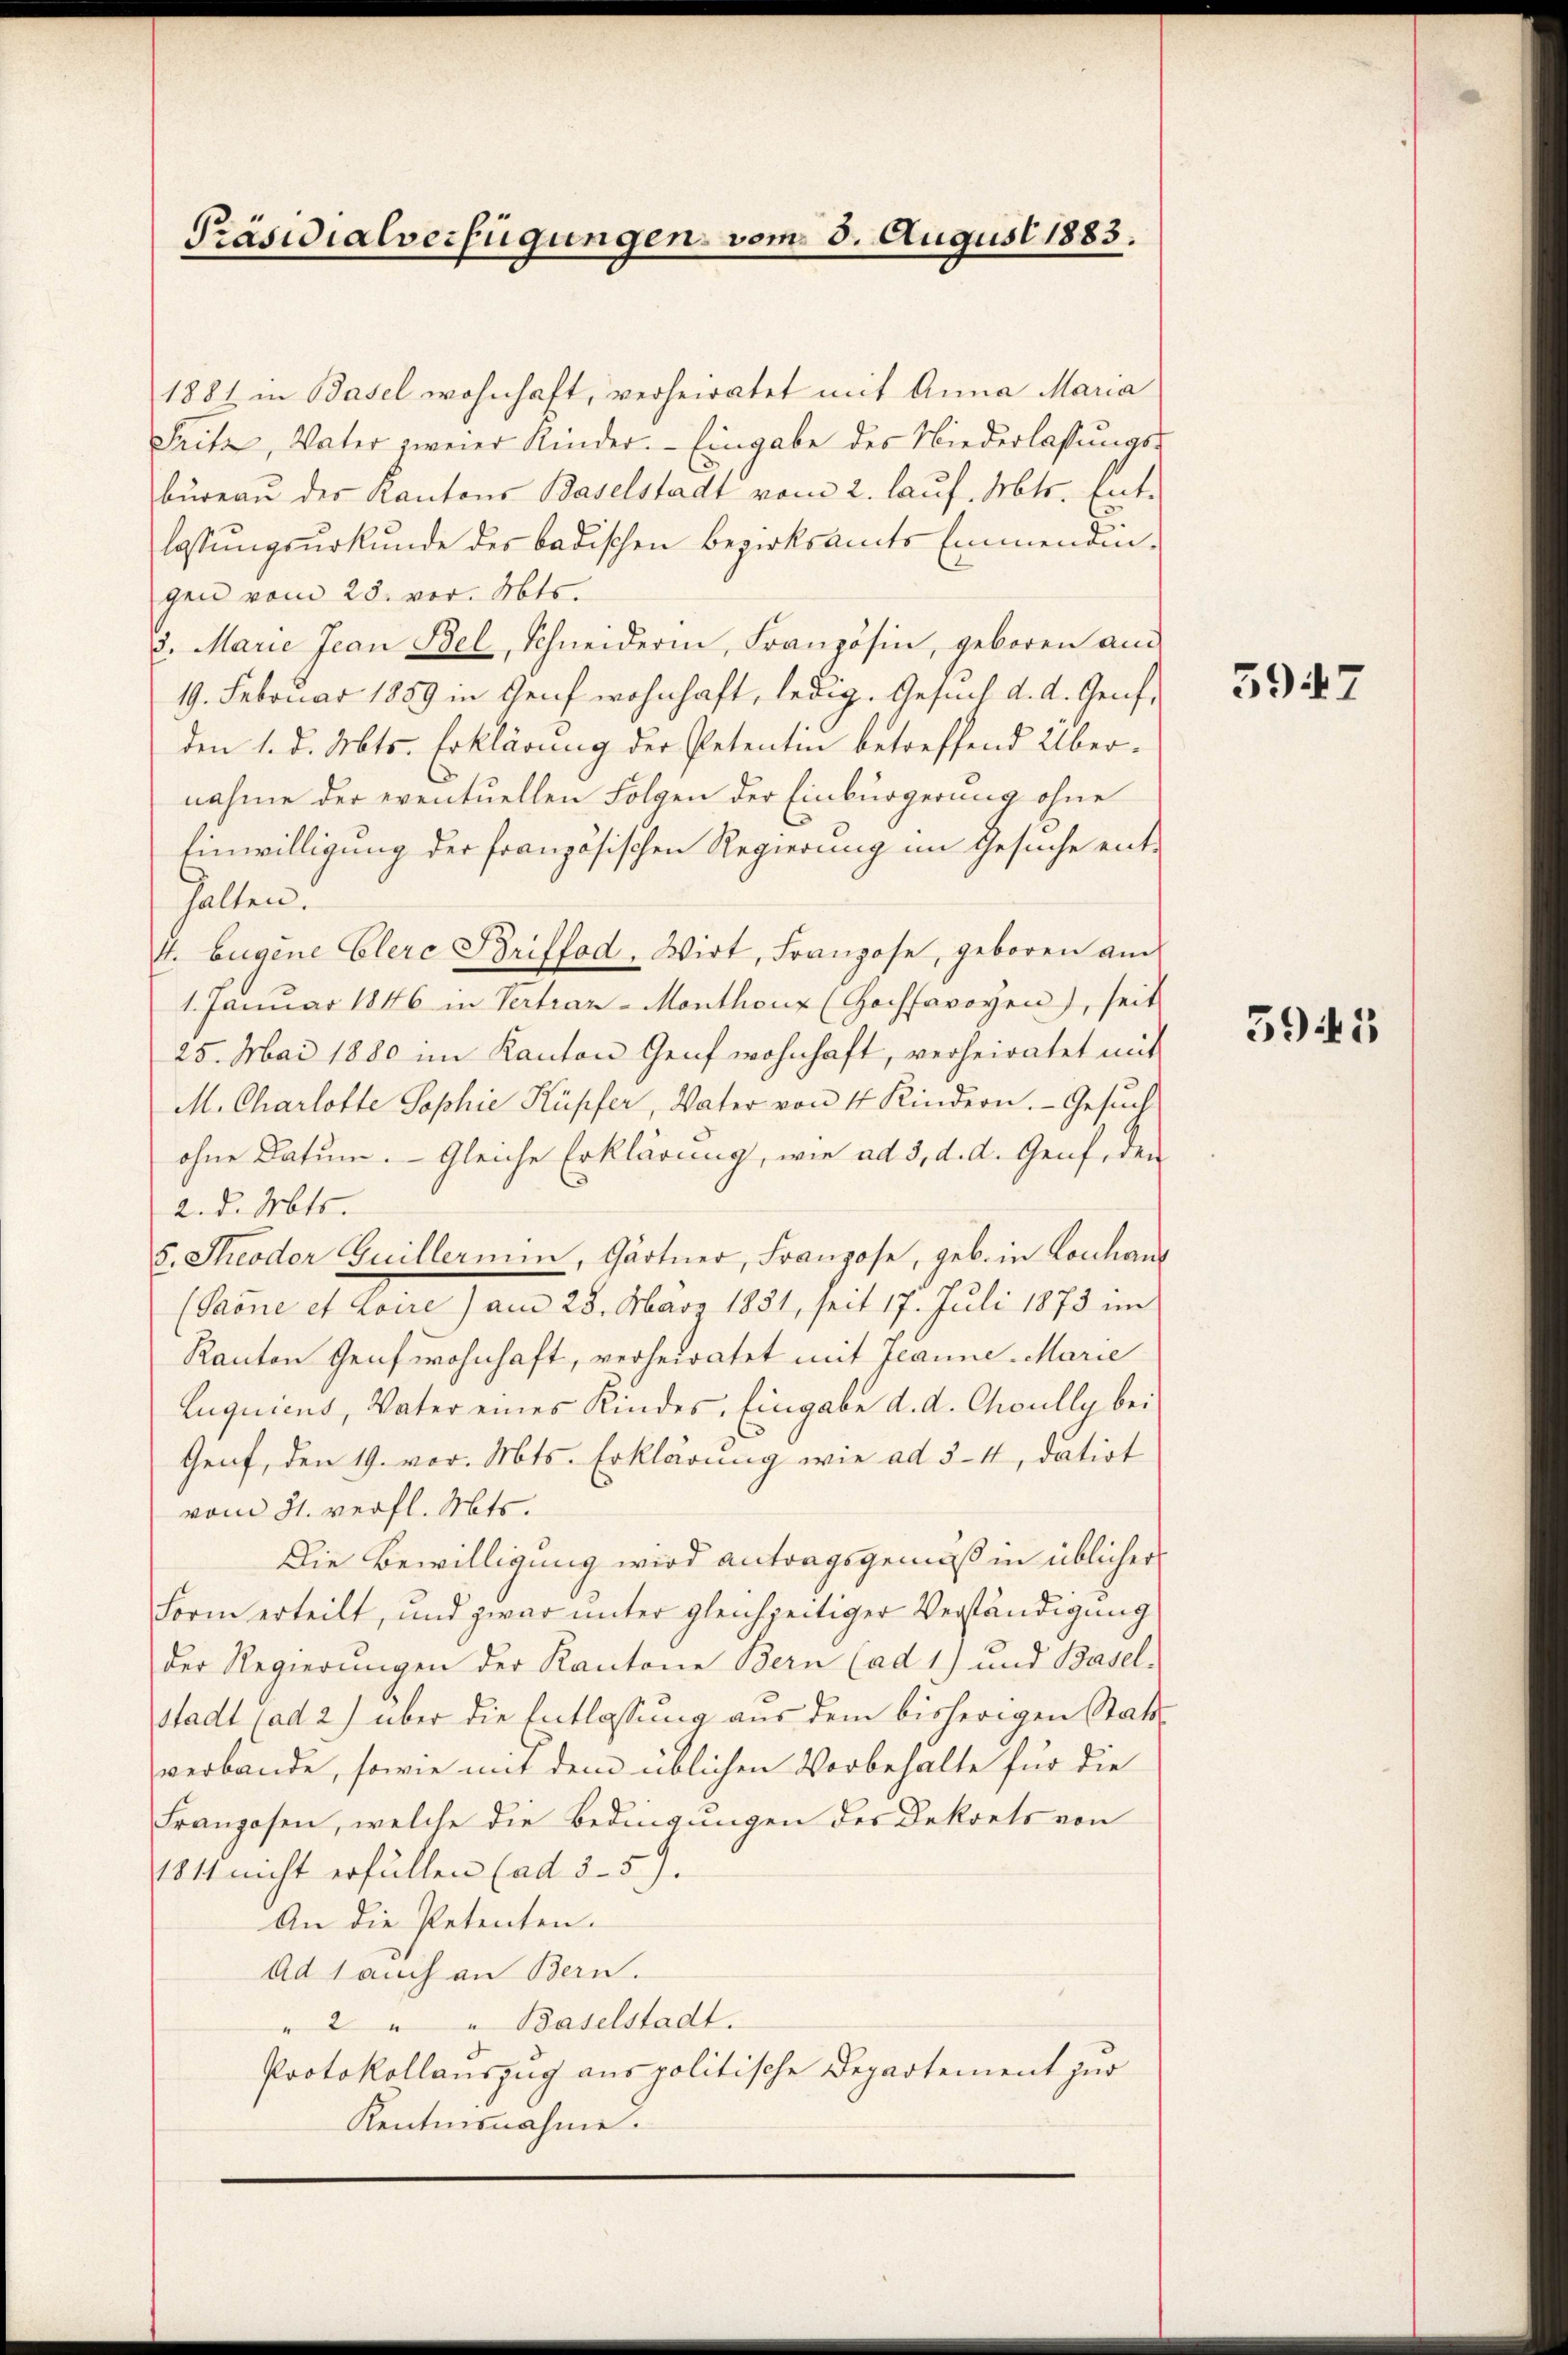
Präsidialverfügungen vom 3. August 1883.

1881 in Basel wohnhaft, verheiratet mit Anna Maria
Seite, Vater zweier Kinder. Eingabe des Niederlassungs-
bureau des Kantons Baselstadt vom 2. lauf. Mts. Ent-
lassungsurkunde des badischen Bezirksamts Emmendingen vom 25. vor. Mts.
8. Marie Jean Bel, Schneiderin, Französin, geboren an
19. Februar 1889 in Genf wohnhaft, ledig. Gesuch d. d. Genf,
den 1. d. Mts. Erklärung der Petentin betreffend Übernahme der eventuellen Folgen der Einbürgerung ohne
Einwilligung der französischen Regierung im Gesuche enthalten.
4. Eugene Elere Briffod, Wirt, Franzose, geboren auch
1. Januar 1846 in Vertraz-Monthonz (Hochsavoyen), seit
25. Mai 1880 im Kanton Genf wohnhaft, verheiratet mit
M. Charlotte Sophie Kupfer, Vater von 4 Kindern. Gesŭch
ohne Datum. Gleiche Erklärung, wie ad 3, d. d. Genf, den
2. d. Mts.
5. Theodor Guillermin, Gärtner, Franzose, geb. in Lonhaus
(Saone et toure) am 28. März 1851, seit 17. Juli 1873 im
Kanton Genf wohnhaft, verheiratet mit Jeanne Marie
Luquicus, Vater eines Kindes, Eingabe d. d. Choully bei
Genf, den 19. vor. Mts. Erklärung wie ad 5-4, datirt
vom 31. verfl. Mts.
Die Bewilligung wird antragsgemäß in üblicher
Form erteilt, und zwar unter gleichzeitiger Verständigung
der Regierungen der Kantone Bern (ad 1) und Basel.
stadt (ad 2) über die Entlassung aus dem bisherigen Stattverbande, sowie mit dem üblichen Vorbehalte für die
Franzosen, welche die Bedingungen des Dekrets von
1811 nicht erfüllen (ad 5-57.
An die Petenten.
Ad 1 auch an Bern.
" 2 " " Baselstadt.
Protokollauszug aus politische Departement zur
Kentnisnahme.

3947

595